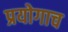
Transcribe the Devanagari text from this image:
प्रयोगाच